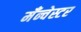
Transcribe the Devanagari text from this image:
मँन्चेस्टर